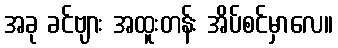
အခု ခင်ဗျား အထူးတန်း အိပ်စင်မှာလေ။